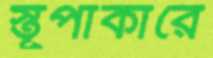
স্তূপাকারে